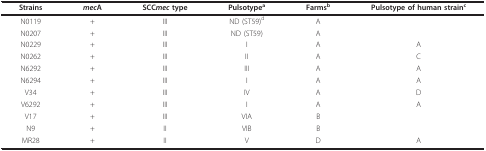
<table><thead><tr><td><b>Strains</b></td><td><b><i>mec</i>A</b></td><td><b>SCC<i>mec </i>type</b></td><td><b>Pulsotype<sup>a</sup></b></td><td><b>Farms<sup>b</sup></b></td><td><b>Pulsotype of human strain<sup>c</sup></b></td></tr></thead><tbody><tr><td>N0119</td><td>+</td><td>III</td><td>ND (ST59)<sup>d</sup></td><td>A</td><td>[EMPTY_CELL]</td></tr><tr><td>N0207</td><td>+</td><td>III</td><td>ND (ST59)</td><td>A</td><td>[EMPTY_CELL]</td></tr><tr><td>N0229</td><td>+</td><td>III</td><td>I</td><td>A</td><td>A</td></tr><tr><td>N0262</td><td>+</td><td>III</td><td>II</td><td>A</td><td>C</td></tr><tr><td>N6292</td><td>+</td><td>III</td><td>III</td><td>A</td><td>A</td></tr><tr><td>N6294</td><td>+</td><td>III</td><td>I</td><td>A</td><td>A</td></tr><tr><td>V34</td><td>+</td><td>III</td><td>IV</td><td>A</td><td>D</td></tr><tr><td>V6292</td><td>+</td><td>III</td><td>I</td><td>A</td><td>A</td></tr><tr><td>V17</td><td>+</td><td>III</td><td>VIA</td><td>B</td><td>[EMPTY_CELL]</td></tr><tr><td>N9</td><td>+</td><td>II</td><td>VIB</td><td>B</td><td>[EMPTY_CELL]</td></tr><tr><td>MR28</td><td>+</td><td>II</td><td>V</td><td>D</td><td>A</td></tr></tbody></table>